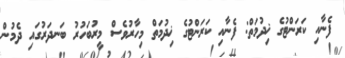
ފެނާއި ކަރަންޓުގެ ޚިދުމަތް: ފެނާއި ކަރަންޓުގެ ޚިދުމަތް މިހާރުވެސް މީރުބަހުރު ބަނދަރުގައި ދެމުން